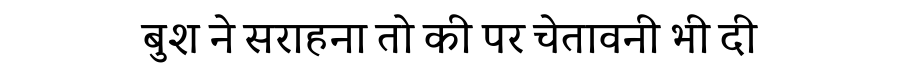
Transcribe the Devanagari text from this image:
बुश ने सराहना तो की पर चेतावनी भी दी